Vaccination in Bombay 1856-1862 - 1856-1862
Year: 1856
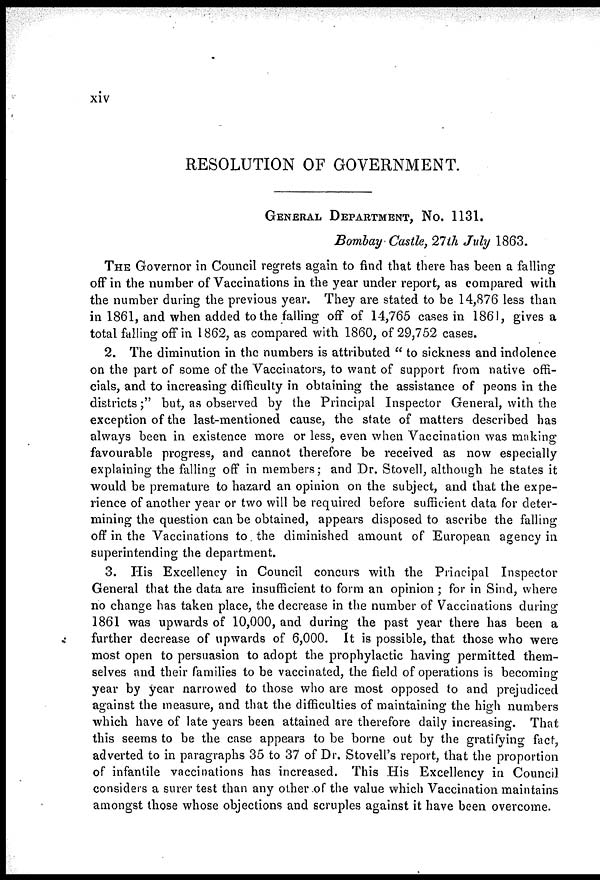
xiv
RESOLUTION OF GOVERNMENT.
GENERAL DEPARTMENT, No. 1131.
Bombay Castle, 27 th July 1863.
THE Governor in Council regrets again to find that there has been a falling
off in the number of Vaccinations in the year under report, as compared with
the number during the previous year. They are stated to be 14,876 less than
in 1861, and when added to the falling off of 14,765 cases in 1861, gives a
total falling off in 1862, as compared with 1860, of 29,752 cases.
2. The diminution in the numbers is attributed " to sickness and indolence
on the part of some of the Vaccinators, to want of support from native offi-
cials, and to increasing difficulty in obtaining the assistance of peons in the
districts;" but, as observed by the Principal Inspector General, with the
exception of the last-mentioned cause, the state of matters described has
always been in existence more or less, even when Vaccination was making
favourable progress, and cannot therefore be received as now especially
explaining the falling off in members; and Dr. Stovell, although he states it
would be premature to hazard an opinion on the subject, and that the expe-
rience of another year or two will be required before sufficient data for deter-
mining the question can be obtained, appears disposed to ascribe the falling
off in the Vaccinations to the diminished amount of European agency in
superintending the department.
3. His Excellency in Council concurs with the Principal Inspector
General that the data are insufficient to form an opinion ; for in Sind, where
no change has taken place, the decrease in the number of Vaccinations during
1861 was upwards of 10,000, and during the past year there has been a
further decrease of upwards of 6,000. It is possible, that those who were
most open to persuasion to adopt the prophylactic having permitted them-
selves and their families to be vaccinated, the field of operations is becoming
year by year narrowed to those who are most opposed to and prejudiced
against the measure, and that the difficulties of maintaining the high numbers
which have of late years been attained are therefore daily increasing. That
this seems to be the case appears to be borne out by the gratifying fact,
adverted to in paragraphs 35 to 37 of Dr. Stovell's report, that the proportion
of infantile vaccinations has increased. This His Excellency in Council
considers a surer test than any other of the value which Vaccination maintains
amongst those whose objections and scruples against it have been overcome.